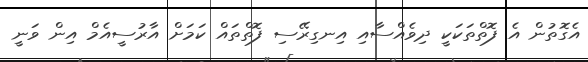
އެގޮތުން އެ ފޮތްތަކަކީ ދިވެއްސާއި އިނގިރޭސި ފޮތްތައް ކަމަށް އާރުސީއެމް އިން ވަނީ